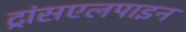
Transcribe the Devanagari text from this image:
ट्रांसएलपाइन